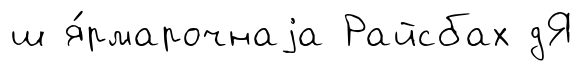
ш я́рмарочнаjа Райсбах дЯ